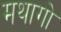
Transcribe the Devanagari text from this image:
मथागो